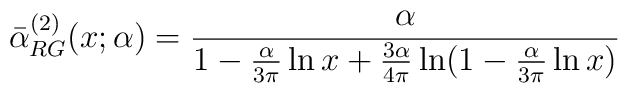
\bar\alpha^{(2)}_{RG}(x;\alpha)= \frac{\alpha}{1-\frac{\alpha}{3\pi}\ln x+\frac{3\alpha}{4\pi}\ln(1-\frac{\alpha}{3\pi}\ln x)}